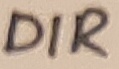
Text: DIR